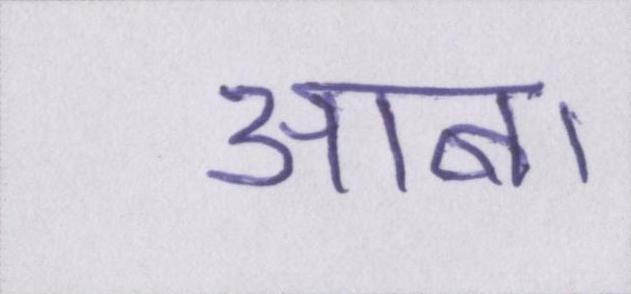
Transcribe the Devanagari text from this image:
आबा